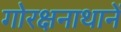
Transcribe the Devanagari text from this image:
गोरक्षनाथानें